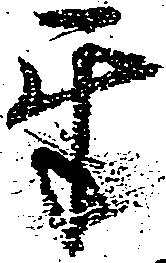
互